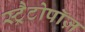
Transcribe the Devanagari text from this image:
स्ट्रैटोपॉज़